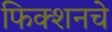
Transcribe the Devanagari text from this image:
फिक्शनचे